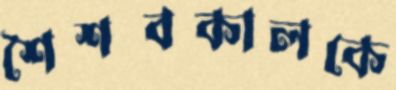
শৈশবকালকে